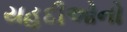
યહૂદીઓનો